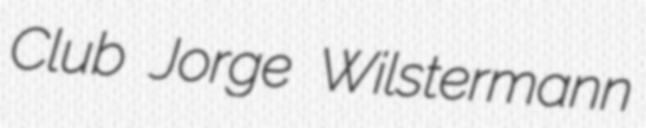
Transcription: Club Jorge Wilstermann